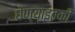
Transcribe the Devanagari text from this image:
घेण्याइतकी